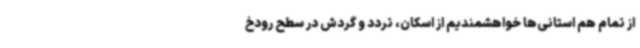
از تمام هم استانی‌ها خواهشمندیم از اسکان، تردد و گردش در سطح رودخ